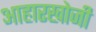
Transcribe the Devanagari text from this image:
आहारखोजी